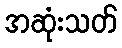
အဆုံးသတ်